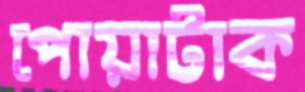
পোয়াটাক